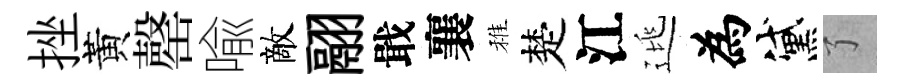
挫黃罄喩敵翮戢襄稚楚江逃為黛了